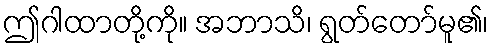
ဤဂါထာတို့ကို။ အဘာသိ၊ ရွတ်တော်မူ၏၊